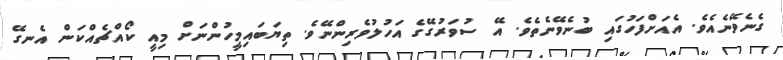
ގެނެވޭނެއެވެ. އެއަށްފަހުގައި ބުނެވޭނެތެވެ. އޭ ސުވަރުގޭގެ އަހުލުވެރިންނޭވެ. ތިޔަބައިމީހުންނަށް މިއީ ކޯއްޗެއްކަން އެނގޭ